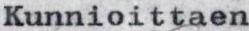
Kunnioittaen